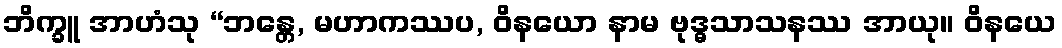
ဘိက္ခူ အာဟံသု “ဘန္တေ, မဟာကဿပ, ဝိနယော နာမ ဗုဒ္ဓသာသနဿ အာယု။ ဝိနယေ